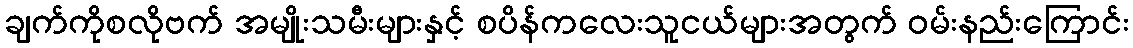
ချက်ကိုစလိုဗက် အမျိုးသမီးများနှင့် စပိန်ကလေးသူငယ်များအတွက် ဝမ်းနည်းကြောင်း